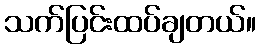
သက်ပြင်းထပ်ချတယ်။